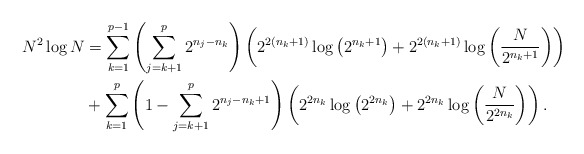
\begin{align*}N^{2} \log N & =\sum_{k=1}^{p-1}\left(\sum_{j=k+1}^{p}2^{n_{j}-n_{k}}\right) \left(2^{2(n_{k}+1)} \log\left(2^{n_{k}+1}\right)+2^{2(n_{k}+1)} \log\left(\frac{N}{2^{n_{k}+1}}\right)\right)\\ & +\sum_{k=1}^{p}\left(1-\sum_{j=k+1}^{p} 2^{n_{j}-n_{k}+1}\right)\left(2^{2n_{k}}\log \left(2^{2n_{k}}\right)+2^{2n_{k}} \log\left(\frac{N}{2^{2n_{k}}}\right)\right).\end{align*}